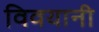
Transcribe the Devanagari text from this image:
विवयानी